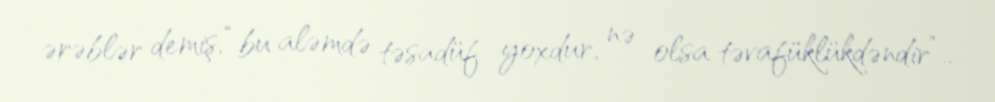
ərəblər demiş, “bu aləmdə təsadüf yoxdur, nə olsa təvafüklükdəndir”...